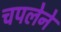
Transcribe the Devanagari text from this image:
चपलेने